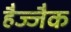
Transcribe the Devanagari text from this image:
हैज्जैक